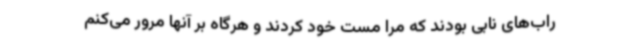
راب‌های نابی بودند که مرا مست خود کردند و هرگاه بر آنها مرور می‌کنم